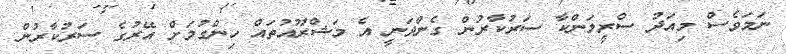
ނަމަވެސް މިއަދު ސްރީލަންކާ ސަރުކާރުން ގެންދަނީ އެ މަޝްރޫއުތައް ހިންގުމަށް އޭރުގެ ސަރުކާރުން